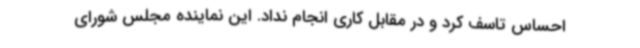
احساس تاسف کرد و در مقابل کاری انجام نداد. این نماینده مجلس شورای